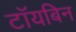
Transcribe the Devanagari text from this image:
टॉयबिन